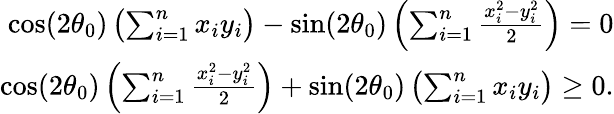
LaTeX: \begin{array}{r}{\cos(2\theta_{0})\left(\sum_{i=1}^{n}x_{i}y_{i}\right)-\sin(2\theta_{0})\left(\sum_{i=1}^{n}\frac{x_{i}^{2}-y_{i}^{2}}{2}\right)=0}\\ {\cos(2\theta_{0})\left(\sum_{i=1}^{n}\frac{x_{i}^{2}-y_{i}^{2}}{2}\right)+\sin(2\theta_{0})\left(\sum_{i=1}^{n}x_{i}y_{i}\right)\geq 0.}\end{array}